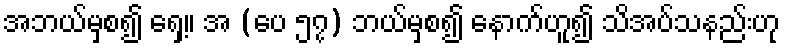
အဘယ်မှစ၍ ရှေ့။ အ (ပေ ၅၇) ဘယ်မှစ၍ နောက်ဟူ၍ သိအပ်သနည်းဟု